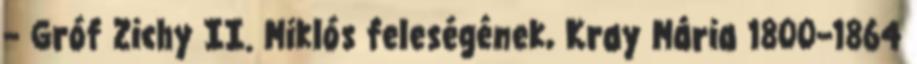
– Gróf Zichy II. Miklós feleségének, Kray Mária 1800–1864